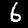
Label: 6